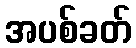
အပစ်ခတ်